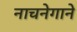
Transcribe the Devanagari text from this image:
नाचनेगाने